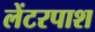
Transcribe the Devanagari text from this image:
लेंटरपाश